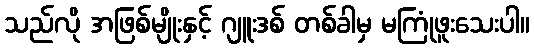
သည်လို အဖြစ်မျိုးနှင့် ဂျူးဒစ် တစ်ခါမှ မကြုံဖူးသေးပါ။